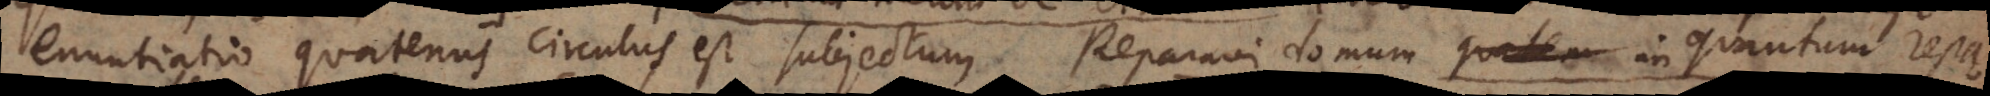
enuntiatio quatenus circulus est subjectum. Reparavi domum quaten quantum repa